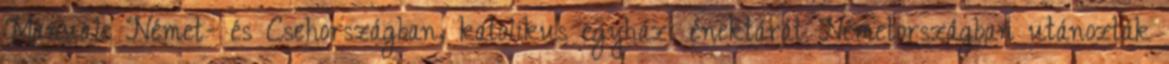
Manuale Német- és Csehországban, katolikus egyházi énektárát Németországban utánozták